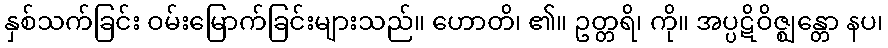
နှစ်သက်ခြင်း ဝမ်းမြောက်ခြင်းများသည်။ ဟောတိ၊ ၏။ ဥတ္တရိ၊ ကို။ အပ္ပဋိဝိဇ္ဈန္တော နပ၊